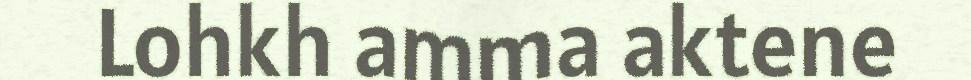
Lohkh amma aktene